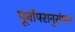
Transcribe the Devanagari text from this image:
पूर्वापरानुसंधान